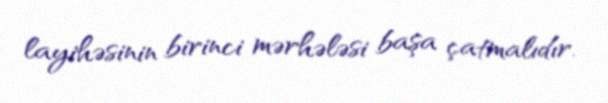
layihəsinin birinci mərhələsi başa çatmalıdır.